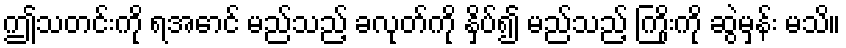
ဤသတင်းကို ရအောင် မည်သည့် ခလုတ်ကို နှိပ်၍ မည်သည့် ကြိုးကို ဆွဲမှန်း မသိ။